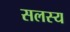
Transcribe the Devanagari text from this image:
सलस्य